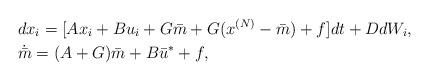
LaTeX: \begin{align*}&dx_i=[ Ax_i+Bu_i+ G\bar m + G(x^{(N)}-\bar m) +f ] dt+DdW_i, \\& \dot{\bar m} = (A+G) \bar m + B\bar u^*+f , \end{align*}